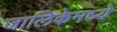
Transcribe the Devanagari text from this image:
जालिकेमध्ये